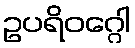
ဥပရိဝဂ္ဂေါ